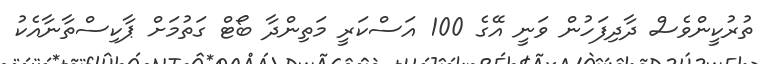
ތުރުކީންވެސް ދާދިފަހުން ވަނީ އޭގެ 100 އަސްކަރީ މަތިންދާ ބޯޓް ގަތުމަށް ޕާކިސްތާނާއެކު